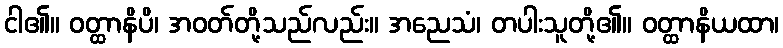
ငါ၏။ ဝတ္ထာနိပိ၊ အဝတ်တို့သည်လည်း။ အညေသံ၊ တပါးသူတို့၏။ ဝတ္ထာနိယထာ၊